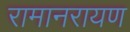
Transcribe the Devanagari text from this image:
रामानरायण